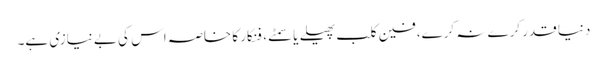
دنیا قدر کرے نہ کرے، فین کلب پھیلے یا سمٹے، فنکار کا خاصہ اس کی بے نیازی ہے۔